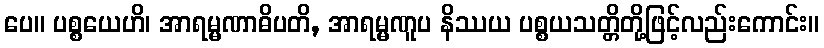
ပေ။ ပစ္စယေဟိ၊ အာရမ္မဏာဓိပတိ, အာရမ္မဏူပ နိဿယ ပစ္စယသတ္တိတို့ဖြင့်လည်းကောင်း။